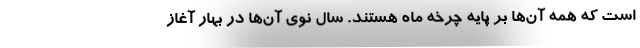
است که همه آن‌ها بر پایه چرخه ماه هستند. سال نوی آن‌ها در بهار آغاز